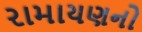
રામાયણનો